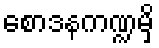
စောဒနကဏ္ဍမှိ